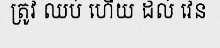
ត្រូវ ឈប់ ហើយ ដល់ វេន